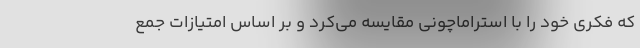
که فکری خود را با استراماچونی مقایسه می‌کرد و بر اساس امتیازات جمع